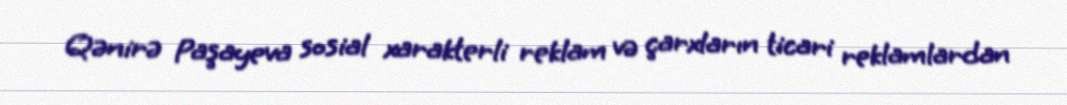
Qənirə Paşayeva sosial xarakterli reklam və çarxların ticari reklamlardan